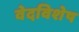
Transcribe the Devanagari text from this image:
वेदविशेष